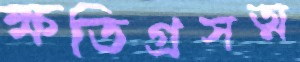
ক্ষতিগ্রসত্ম